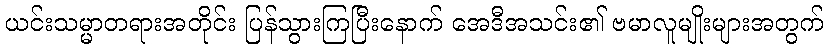
ယင်းသမ္မာတရားအတိုင်း ပြန်သွားကြပြီးနောက် အေဒီအသင်း၏ ဗမာလူမျိုးများအတွက်